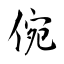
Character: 倇